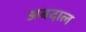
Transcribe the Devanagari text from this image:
अबदाल